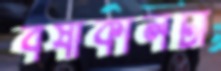
বর্ষাকালটা